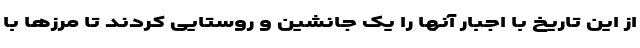
از این تاریخ با اجبار آنها را یک جانشین و روستایی کردند تا مرزها با